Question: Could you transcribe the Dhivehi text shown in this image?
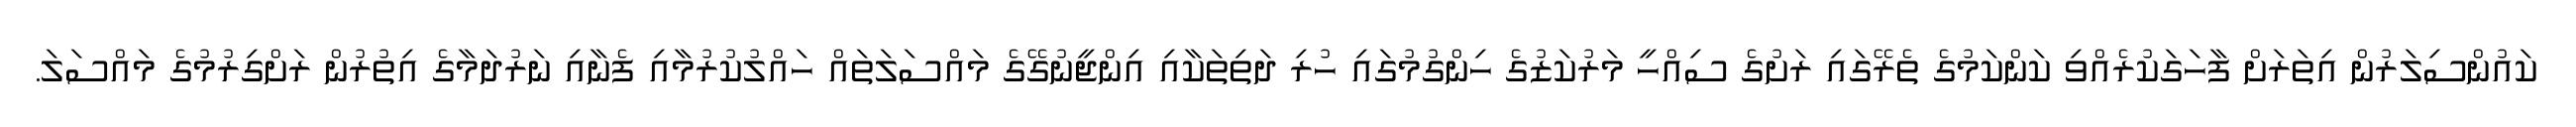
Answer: ކައުންސިލަރުން އިތަރަށް ފާހަގަކުރެއްވި ކަންކަމުގެ ތެރޭގައި ރަށުގެ ސިއްހީ މަރުކަޒުގެ ހިންގުމުގައި ހުރި ދަތިތަކާއި އިންޖީނުގޭގެ މައްސަލަތައް ހައްލުކުރުމާއި ފެނާއި ނަރުދަމާގެ އިތުރުން ރަށްގިރުމުގެ މައްސަލަ.